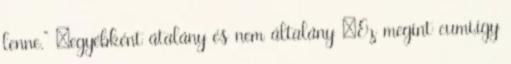
lenne.” „egyébként átalány és nem általány „Ez megint cumi,így